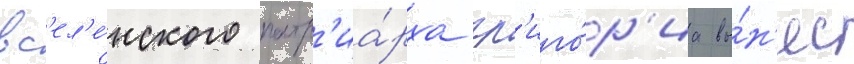
вс'ел'е́нского патр'иа́рха гр'иго́р'иа вы́н'ес